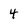
Character: 4